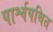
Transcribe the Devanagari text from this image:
पार्श्वपथित